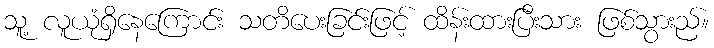
သူ့ လူယုံရှိနေကြောင်း သတိပေးခြင်းဖြင့် ထိန်းထားပြီးသား ဖြစ်သွားည်။